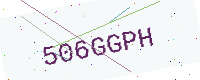
Text: 506GGPH